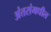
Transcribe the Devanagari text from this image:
अंतरांमधील